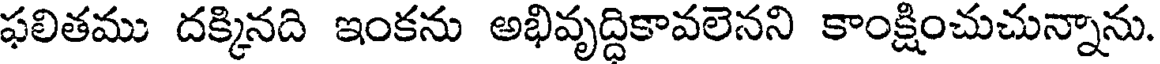
ఫలితము దక్కినది ఇంకను అభివృద్దికావలెనని కాంక్షించుచున్నాను.